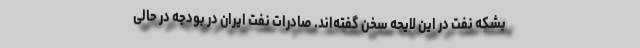
بشکه نفت در این لایحه سخن گفته‌اند. صادرات نفت ایران در بودجه در حالی